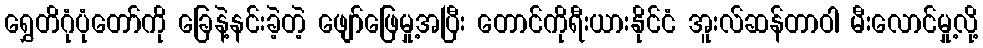
ရွှေတိဂုံပုံတော်ကို ခြေနဲ့နင်းခဲ့တဲ့ ဖျော်ဖြေမှု့အပြီး တောင်ကိုရီးယားနိုင်ငံ အူးလ်ဆန်တာဝါ မီးလောင်မှု့လို့